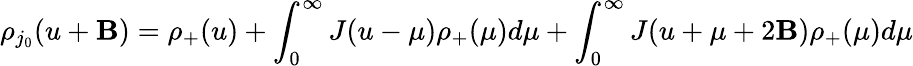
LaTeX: \rho_{j_{0}}(u+\mathbf{B})=\rho_{+}(u)+\int_{0}^{\infty}J(u-\mu)\rho_{+}(\mu)d\mu+\int_{0}^{\infty}J(u+\mu+2\mathbf{B})\rho_{+}(\mu)d\mu